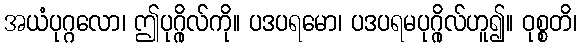
အယံပုဂ္ဂလော၊ ဤပုဂ္ဂိုလ်ကို။ ပဒပရမော၊ ပဒပရမပုဂ္ဂိုလ်ဟူ၍။ ဝုစ္စတိ၊